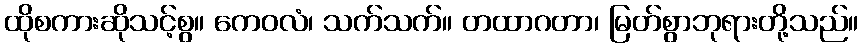
ထိုစကားဆိုသင့်စွ။ ကေဝလံ၊ သက်သက်။ တထာဂတာ၊ မြတ်စွာဘုရားတို့သည်။